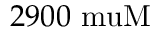
2 9 0 0 \mathrm { \ m u M }